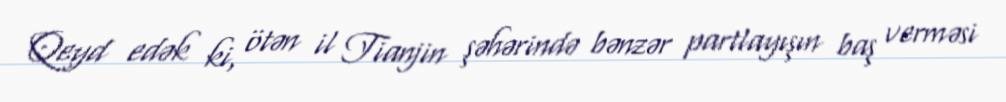
Qeyd edək ki, ötən il Tianjin şəhərində bənzər partlayışın baş verməsi